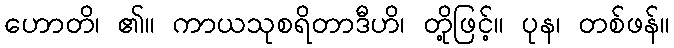
ဟောတိ၊ ၏။ ကာယသုစရိတာဒီဟိ၊ တို့ဖြင့်။ ပုန၊ တစ်ဖန်။